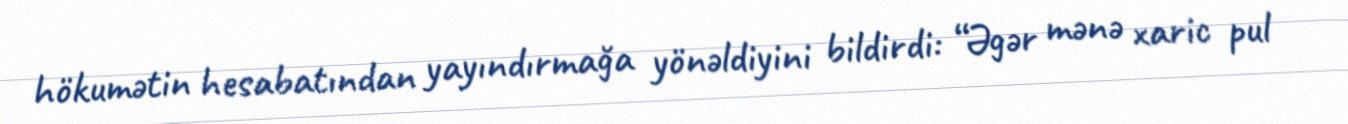
hökumətin hesabatından yayındırmağa yönəldiyini bildirdi: “Əgər mənə xaric pul